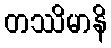
တဿိမာနိ